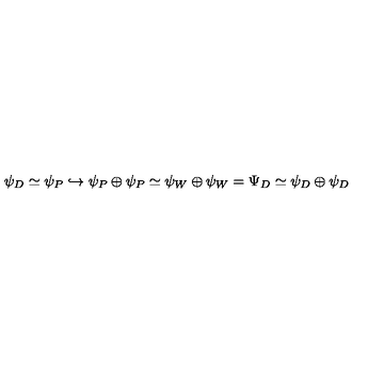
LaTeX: \psi _ { D } \simeq \psi _ { P } \hookrightarrow \psi _ { P } \oplus \psi _ { P } \simeq \psi _ { W } \oplus \psi _ { W } = \Psi _ { D } \simeq \psi _ { D } \oplus \psi _ { D }